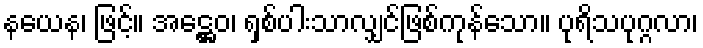
နယေန၊ ဖြင့်။ အဋ္ဌေဝ၊ ရှစ်ပါးသာလျှင်ဖြစ်ကုန်သော။ ပုရိသပုဂ္ဂလာ၊